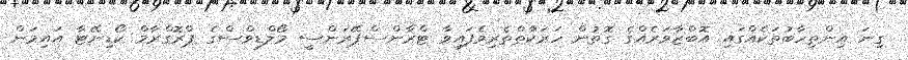
ގިނަ އިންތިހާބުތަކެއްގައި އޮބްޒާވަރެއްގެ ގޮތުން ހަރަކާތްތެރިވެފައިވާ ޓްރާންސްޕޭރަންސީ މޯލްޑިވްސްގެ ޕްރޮގްރާމް ކޯޑިނޭޓާ އައިމަން